Report on sanitation, dispensaries, and jails in Rajputana for 1920, and on vaccination for the year 1920-1921 - 1920-1921
Year: 1920
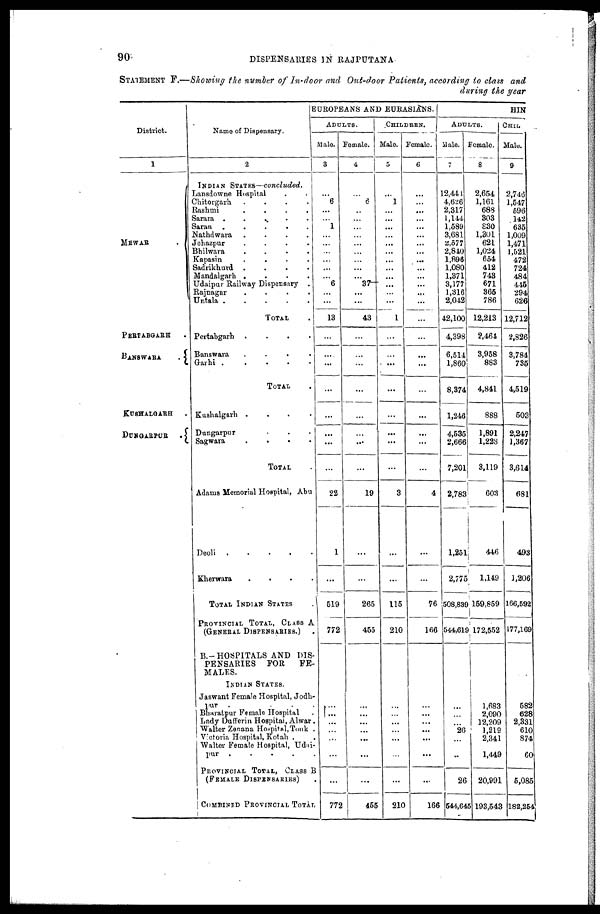
90
DISPENSARIES IN RAJPUTANA
STATEMENT F.—Showing the number of In-door and Out-door Patients, according to class and
during the year
District.
1
MEWAR .
PERTABGARH .
BANSWARA
.
KUSHALGARH.
DUNGARPUR
.
Name of Dispensary.
2
INDIAN STATES—concluded.
Lansdowne Hospital ..
Chitorgarh
.
.
.
.
Rashmi
.
.
.
.
Sarara
.....
Saran
.
.
.
.
.
Nathdwara
.
.
.
.
Jehazpur
.
.
.
.
Bhilwara
.
.
.
.
Kapasin
.
.
.
.
Sadrikhurd
.
.
.
.
Mandalgarh
.
.
.
.
Udaipur Railway Dispensary .
Rajnagar
.
.
.
.
Untala....
TOTAL .
Pertabgarh
.
.
.
.
Banswara
.
.
.
.
Garhi
.....
TOTAL .
Kushalgarh .
Dungarpur ...
Sagwara
.
.
.
.
TOTAL .
Adams Memorial Hospital, Abu
Deoli
....
Kherwara
.
.
.
.
TOTAL INDIAN STATES .
PROVINCIAL TOTAL, CLASS A
(GENERAL DISPENSARIES.)
B.—HOSPITALS AND DIS-
PENSARIES
FOR
FE-
MALES.
INDIAN STATES.
Jaswant Female Hospital, Jodh-
pur
.
.
.
.
Bharatpur Female Hospital .
Lady Dafferin Hospital, Alwar.
Walter Zenana Hospital,Tonk .
Victoria Hospital, Kotah ..
Walter Female Hospital, Udai-
pur
.
.
.
.
.
PROVINCIAL TOTAL, CLASS B
(FEMALE DISPENSARIES).
COMBINED PROVINCIAL TOTAL
EUROPEANS AND EURASIANS.
ADULTS.
Male.
3
...
6
...
...
1
...
...
...
...
...
...
6
...
...
13
...
...
...
...
...
...
...
...
22
1
...
519
772
....
... ...
...
...
...
...
772
Female.
4
...
6
...
...
...
...
...
...
...
...
...
37
...
...
43
...
...
...
...
...
...
...
...
19
...
...
265
455
...
...
...
...
...
...
...
455
CHILDREN.
Male.
5
...
1
...
...
...
...
...
...
...
...
...
...
...
...
1
...
...
...
...
...
...
...
...
3
...
...
115
210
...
...
...
...
...
...
...
210
Female.
6
...
...
...
...
...
...
...
...
...
...
...
...
...
...
...
...
...
...
...
...
...
...
...
4
...
...
76
166
...
...
...
...
...
...
...
166
HIN
ADULTS.
Male.
7
12,441
4,626
2,317
1,144
1,589
3,681
2,577
2,840
1,896
1,080
1,371
3,177
1,316
2,042
42,100
4,398
6,514
1,860
8,374
1,246
4,535
2,666
7,201
2,783
1,251
2,775
508,839
544,619
...
...
...
26
...
...
26
544,645
Female.
8
2,654
1,161
688
303
830
1,301
621
1,024
654
412
743
671
365
786
12,213
2,464
3,958
883
4,841
888
1,891
1,228
3,119
603
446
1,149
159,859
172,552
1,683
2,090
12,209
1,219
2,341
1,449
20,991
193,543
CHIL
Male.
9
2,746
1,547
596
142
635
1,009
1,471
1,521
472
724
484
445
294
626
12,712
2,826
3,784
735
4,519
503
2,247
1,367
3,614
681
493
1,206
166,592
177,169
582
628
2,331
610
874
60
5,086
182,254